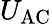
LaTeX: U_{\mathrm{AC}}